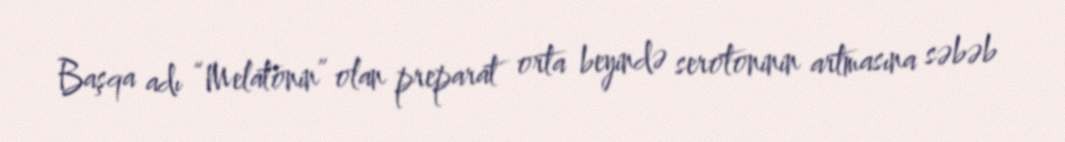
Başqa adı “Melatonin” olan preparat orta beyində serotoninin artmasına səbəb